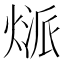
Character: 𤋻